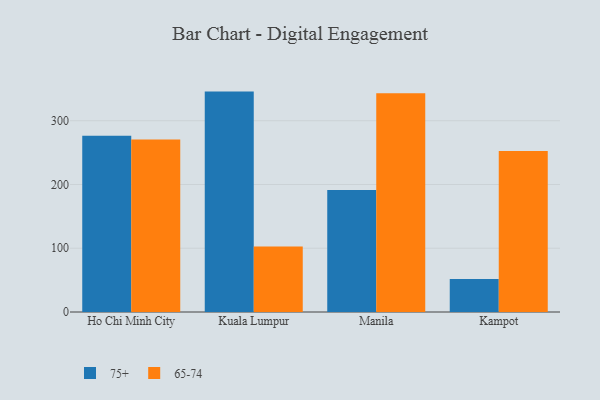
{"axis": {"x": "City", "y": "Active Users"}, "legend": ["65-74", "75+"], "data": [{"x": "Ho Chi Minh City", "y": 276.4, "type": "75+"}, {"x": "Ho Chi Minh City", "y": 270.7, "type": "65-74"}, {"x": "Kuala Lumpur", "y": 345.7, "type": "75+"}, {"x": "Kuala Lumpur", "y": 102.7, "type": "65-74"}, {"x": "Manila", "y": 191.4, "type": "75+"}, {"x": "Manila", "y": 343.1, "type": "65-74"}, {"x": "Kampot", "y": 51.6, "type": "75+"}, {"x": "Kampot", "y": 252.6, "type": "65-74"}]}